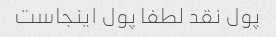
پول نقد لطفا پول اینجاست